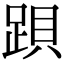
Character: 䟺